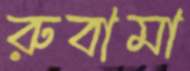
রুবামা